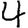
Digit: 4